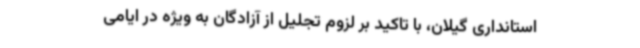
استانداری گیلان، با تاکید بر لزوم تجلیل از آزادگان به ویژه در ایامی